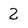
Character: 2